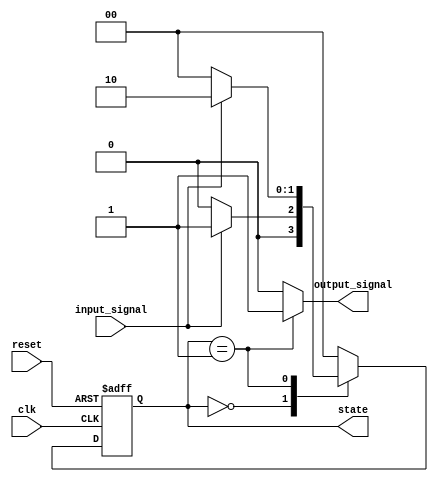
module moore_fsm (
    input wire clk,           // Clock signal
    input wire reset,         // Asynchronous reset signal
    input wire input_signal,  // Input signal to determine state transitions
    output reg [1:0] state,   // Current state output
    output reg output_signal   // Output signal based on current state
);

// State encoding
localparam IDLE    = 2'b00;
localparam STATE1  = 2'b01;
localparam STATE2  = 2'b10;

// State register
reg [1:0] current_state, next_state;

// State transition logic
always @(*) begin
    case (current_state)
        IDLE: begin
            if (input_signal) begin
                next_state = STATE1;
            end else begin
                next_state = IDLE;
            end
        end
        STATE1: begin
            if (input_signal) begin
                next_state = STATE2;
            end else begin
                next_state = IDLE;
            end
        end
        STATE2: begin
            next_state = IDLE; // Transition back to IDLE
        end
        default: next_state = IDLE; // Default case
    endcase
end

// State register update
always @(posedge clk or posedge reset) begin
    if (reset) begin
        current_state <= IDLE; // Initialize to IDLE state on reset
    end else begin
        current_state <= next_state; // Update to next state
    end
end

// Output generation based on current state
always @(*) begin
    case (current_state)
        IDLE: output_signal = 1'b0; // Output for IDLE state
        STATE1: output_signal = 1'b1; // Output for STATE1
        STATE2: output_signal = 1'b0; // Output for STATE2
        default: output_signal = 1'b0; // Default output
    endcase
end

// Assign current state to output (optional, depending on design)
assign state = current_state;

endmodule